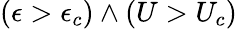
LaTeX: (\epsilon>\epsilon_{c})\wedge(U>U_{c})